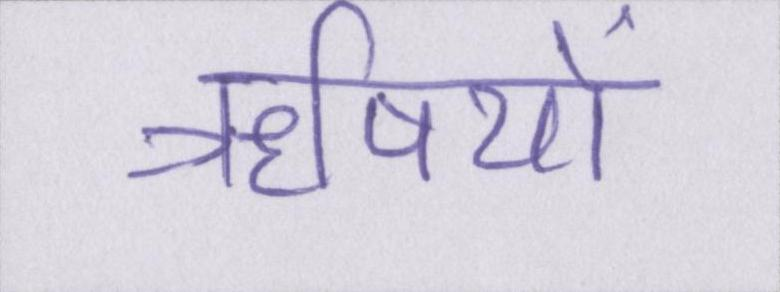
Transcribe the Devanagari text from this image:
ॠषियों